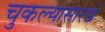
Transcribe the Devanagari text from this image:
चुकल्यासारखं